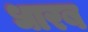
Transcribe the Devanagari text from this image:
धारब